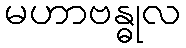
မဟာဗန္ဓုလ